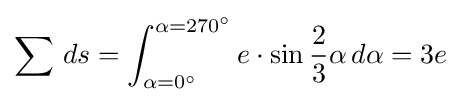
\sum \,ds=\int _{\alpha =0^{\circ }}^{\alpha =270^{\circ }}e\cdot \sin {\frac {2}{3}}\alpha \,d\alpha =3e